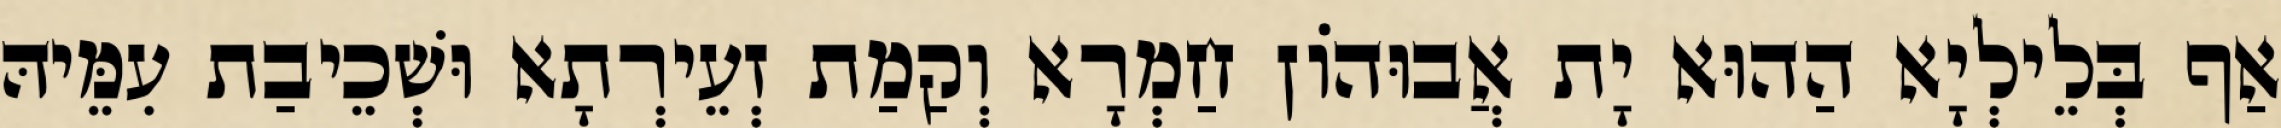
אַף בְּלֵילְיָא הַהוּא יָת אֲבוּהוֹן חַמְרָא וְקַמַת זְעֵירְתָא וּשְׁכֵיבַת עִמֵּיהּ